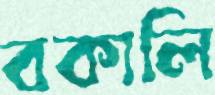
বকালি